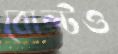
বোল্টও